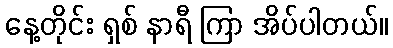
နေ့တိုင်း ရှစ် နာရီ ကြာ အိပ်ပါတယ်။